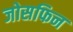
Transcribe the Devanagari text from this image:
जोसफिन